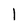
Character: l